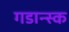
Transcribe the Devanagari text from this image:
गडान्स्क